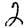
Digit: 2